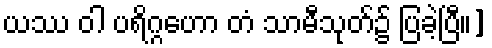
ယဿ ဝါ ပရိဂ္ဂဟော တံ သာမီသုတ်၌ ပြခဲ့ပြီ။]